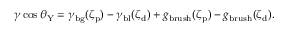
\gamma \cos \theta _ { \mathrm { Y } } = \gamma _ { \mathrm { b g } } ( \zeta _ { \mathrm { p } } ) - \gamma _ { \mathrm { b l } } ( \zeta _ { \mathrm { d } } ) + g _ { \mathrm { b r u s h } } ( \zeta _ { \mathrm { p } } ) - g _ { \mathrm { b r u s h } } ( \zeta _ { \mathrm { d } } ) .